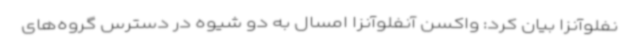
نفلوآنزا بیان کرد: واکسن آنفلوآنزا امسال به دو شیوه در دسترس گروه‌های